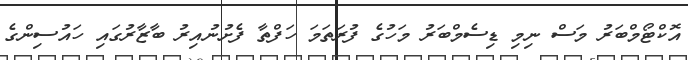
އޮކްޓޯމްބަރު މަސް ނިމި ޑިސެމްބަރު މަހުގެ ފުރަތަމަ ހަފްތާ ފެށުނުއިރު ބާޒާރުގައި ހައުސިންގެ